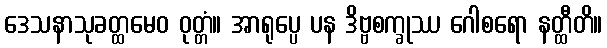
ဒေသနာသုခတ္ထမေဝ ဝုတ္တံ။ အာရုပ္ပေ ပန ဒိဗ္ဗစက္ခုဿ ဂေါစရော နတ္ထီတိ။